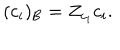
( c _ { i } ) _ { \mathrm { B } } = Z _ { c _ { i } } c _ { i } .